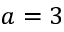
a = 3